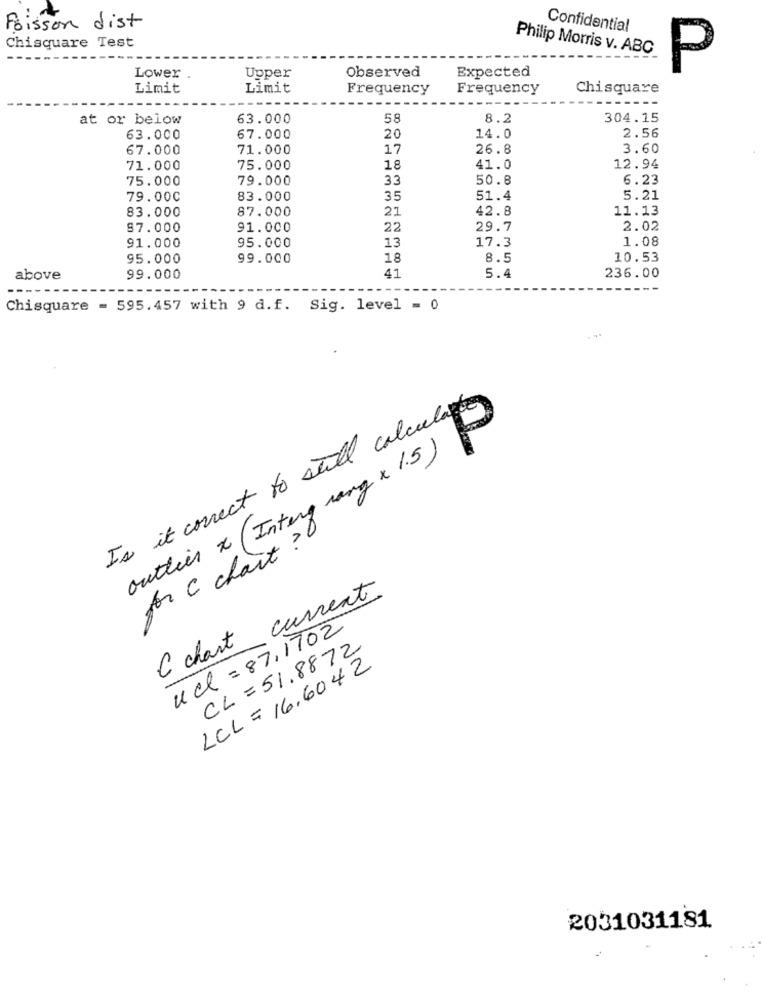
Poisson dist
Confidential
Chisquare Test
Philip Morris v. ABC
Observed
Expected
P
Lower
Upper
Limit
Limit
Frequency
Frequency
Chisquare
at or below
63.000
58
8.2
304.15
20
63.000
67.000
14.0
2.56
67.000
71.000
17
26.8
3.60
71.000
75.000
18
41.0
12.94
75.000
79.000
33
50.8
6.23
79.00C
83.000
35
51.4
5.21
83.000
87.000
21
42.8
11.13
87.000
91.000
22
29.7
2.02
91.000
95.000
13
17.3
1.08
95.000
99.000
18
8.5
10.53
41
above
99.000
5.4
236.00
---
Chisquare = 595.457 with 9 d.f. Sig. level = 0
Is it connect to still calcula
outlier x (Interg rang x 1.5)
for c chait ?
C chart current
ud = 87,1702
CL = 51.8872
LCL = 16,6042
2031031181.